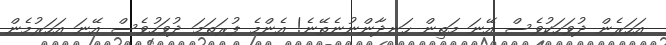
އަހަރެން ދުވަހަކުވެސް އޭނަ މަތިން ހަނދާންނުނެތޭނެ! އެންމެ ފުރަތަމަ ދުވަހުވެސް އޭނަ އަހަރުމެން